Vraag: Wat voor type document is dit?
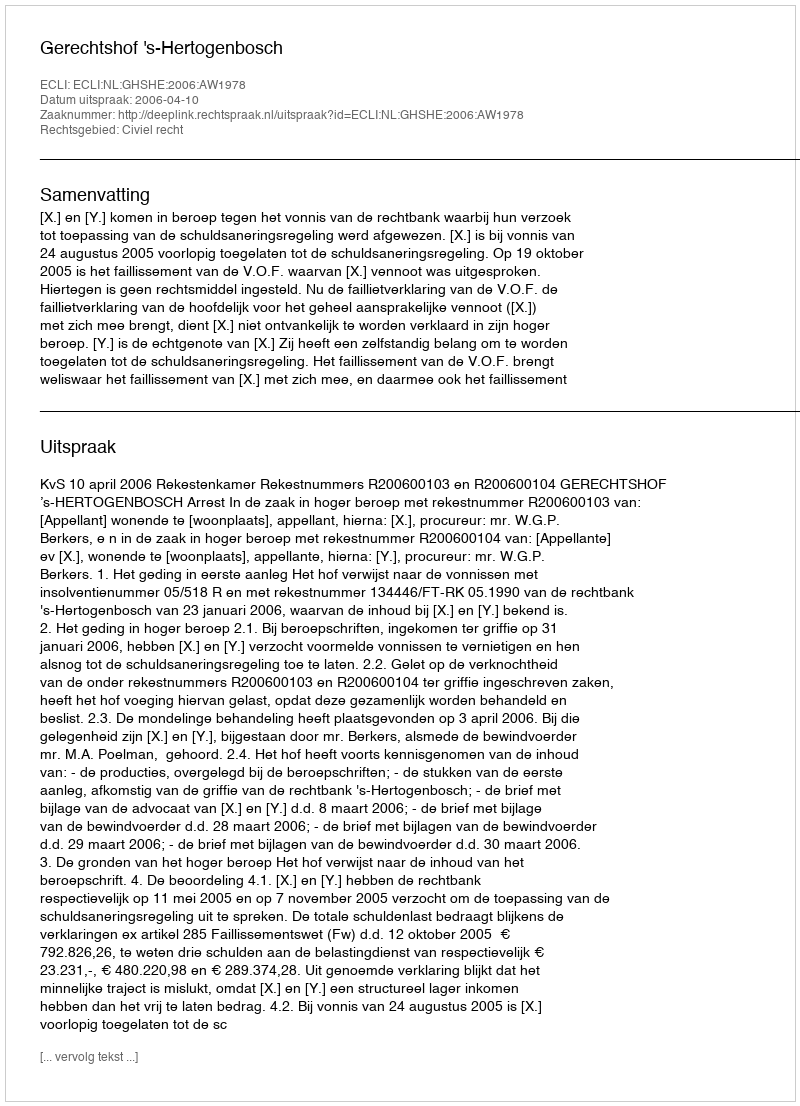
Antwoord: Uitspraak